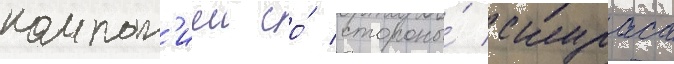
компан'иеи со́ стороны́ скураса